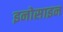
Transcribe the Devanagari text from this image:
इनोसाइन